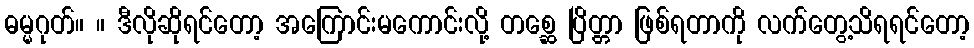
ဓမ္မဂုတ်။ ။ ဒီလိုဆိုရင်တော့ အကြောင်းမကောင်းလို့ တစ္ဆေ ပြိတ္တာ ဖြစ်ရတာကို လက်တွေ့သိရရင်တော့